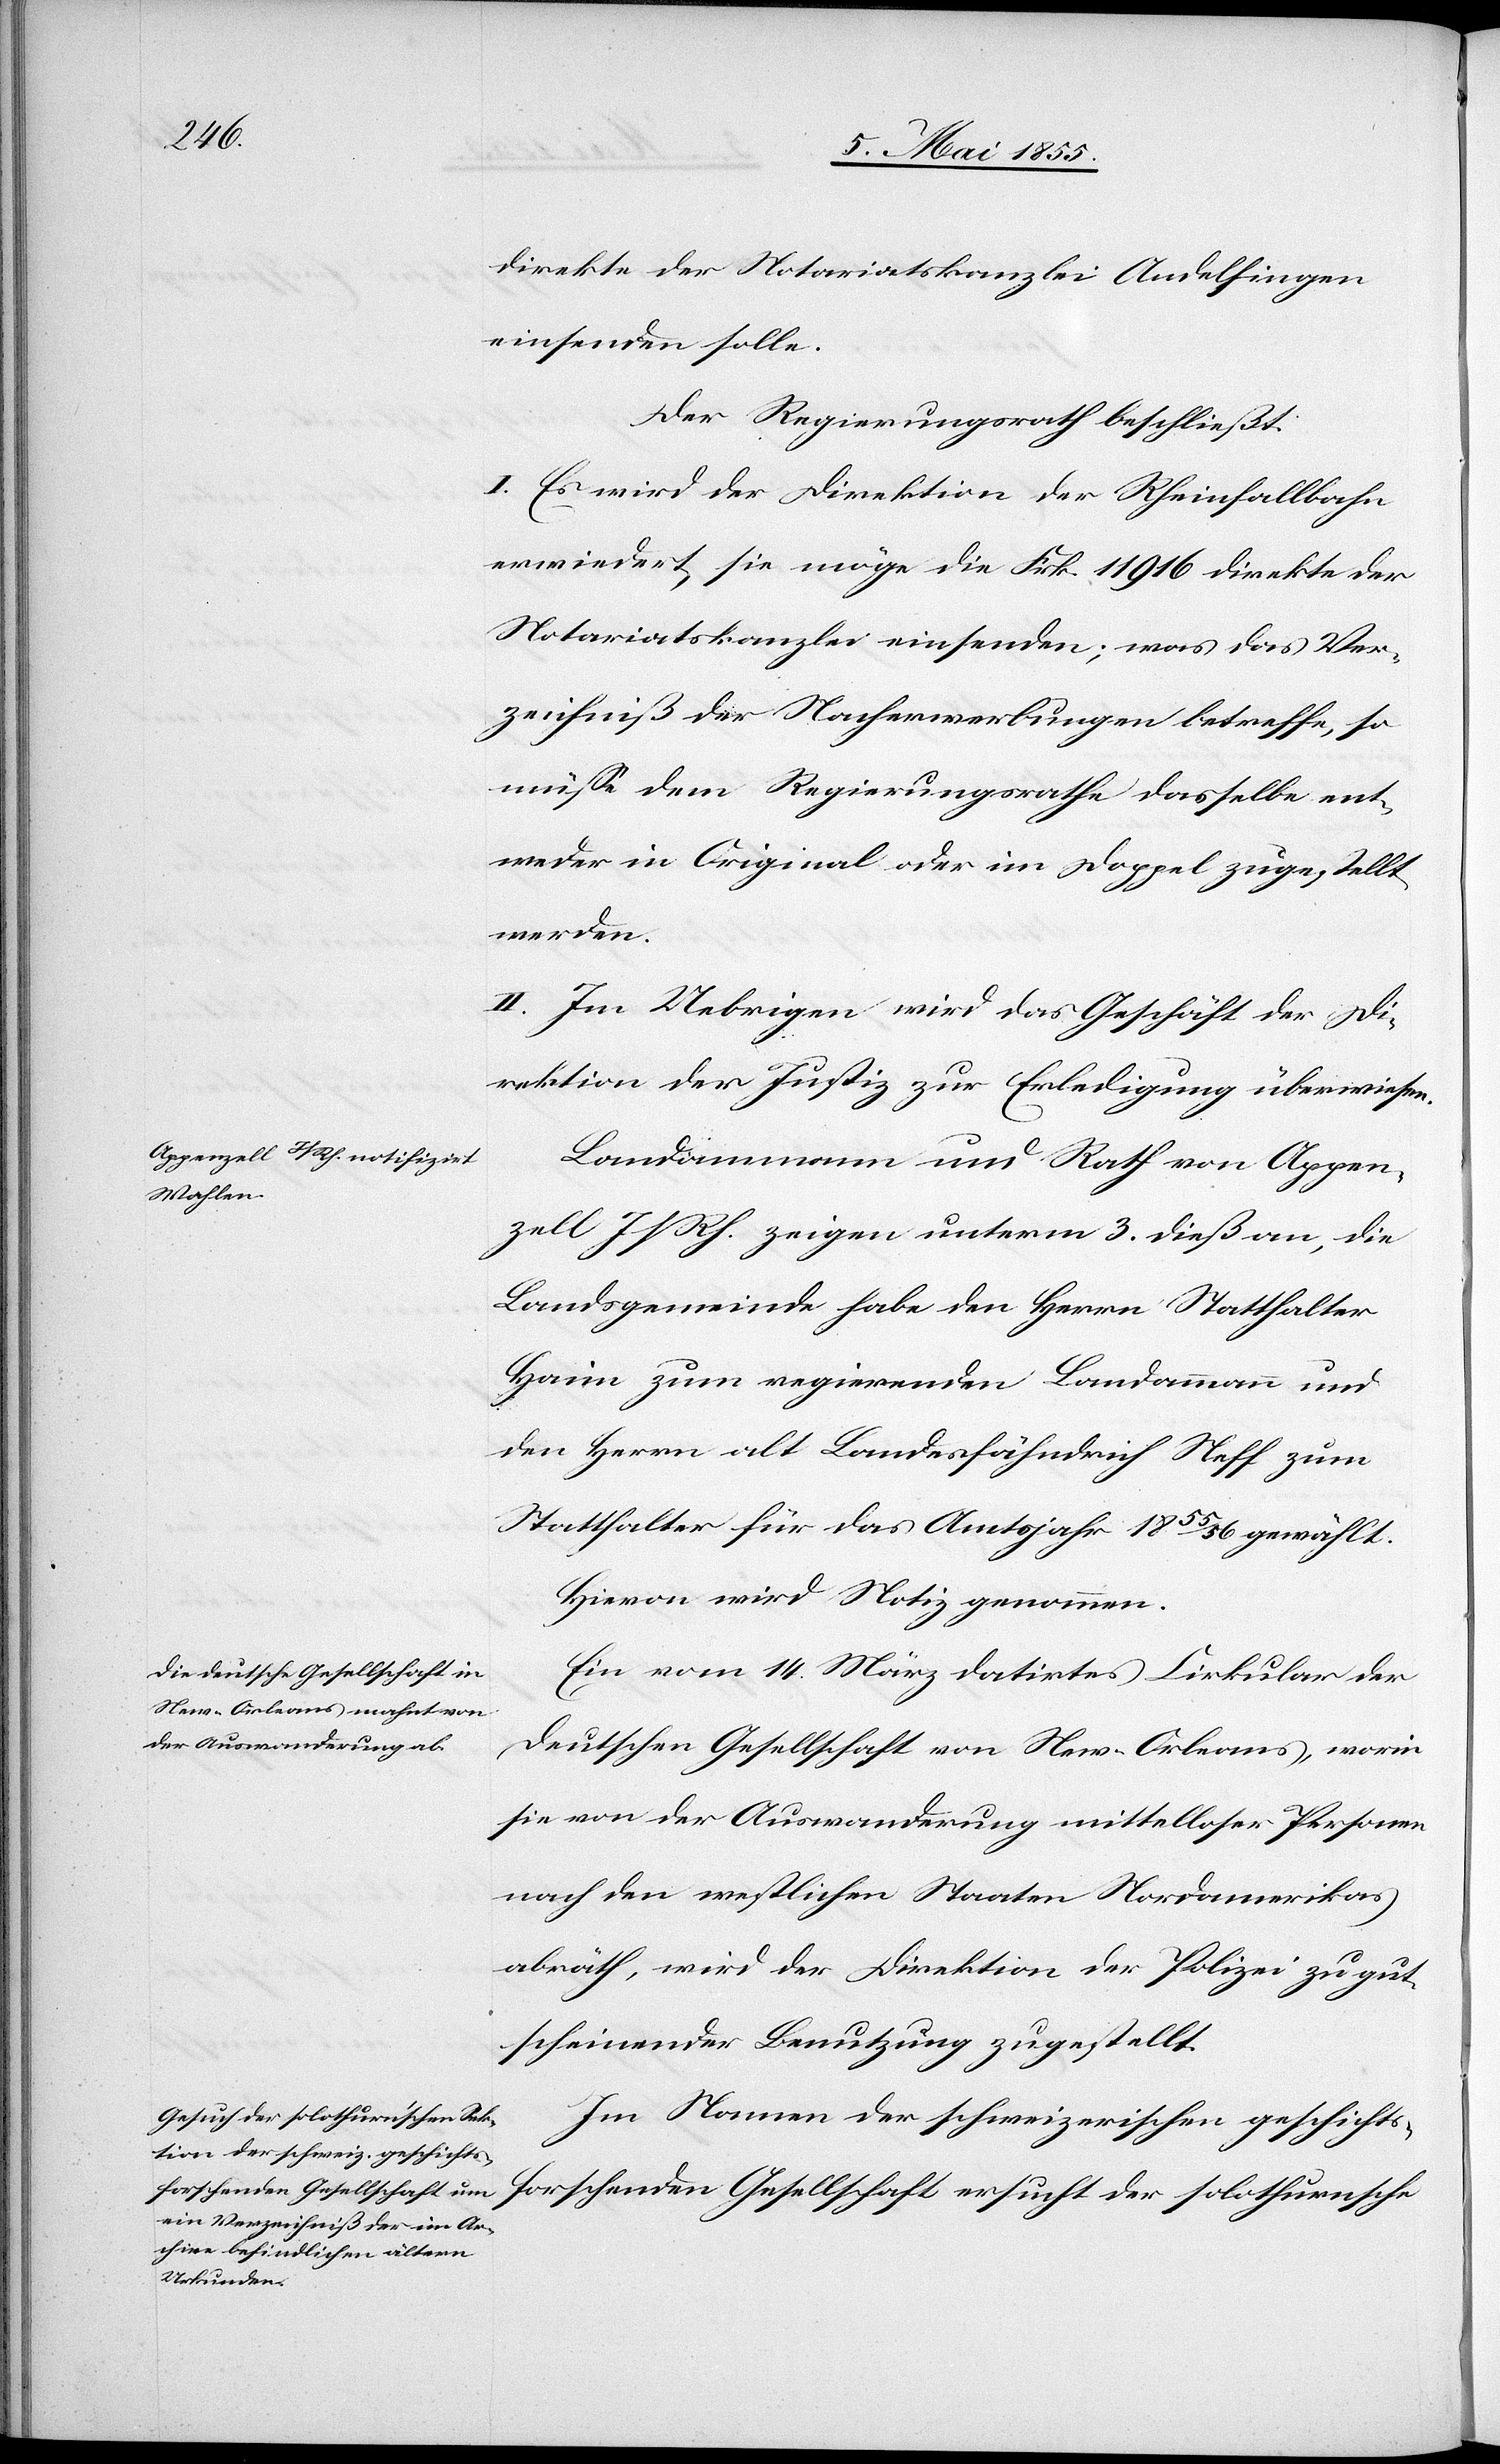
direkte der Notariatskanzlei Andelfingen
einsenden solle.
Der Regierungsrath beschließt:
I. Es wird der Direktion der Rheinfallbahn
erwiedert, sie möge die Frk. 11 916 direkte der
Notariatskanzlei einsenden; was das Ver¬
zeichniß der Nacherwerbungen betreffe, so
müsse dem Regierungsrathe dasselbe ent¬
weder in Original oder im Doppel zugestellt
werden.
II. Im Uebrigen wird das Geschäft der Di¬
rektion der Justiz zur Erledigung überwiesen.
Landammann und Rath von Appen¬
zell I/Rh. zeigen unterm 3. dieß an, die
Landsgemeinde habe den Herrn Statthalter
Haim zum regierenden Landammann und
den Herrn alt Landesfähndrich Neff zum
Statthalter für das Amtsjahr 1855/56 gewählt.
Hievon wird Notiz genommen.
Ein vom 14. März datirtes Cirkular der
Deutschen Gesellschaft von New-Orleans, worin
sie von der Auswanderung mittelloser Personen
nach den westlichen Staaten Nordamerikas
abräth, wird der Direktion der Polizei zu gut¬
scheinender Benutzung zugestellt.
Im Namen der schweizerischen geschichts¬
forschenden Gesellschaft ersucht der solothurnsche